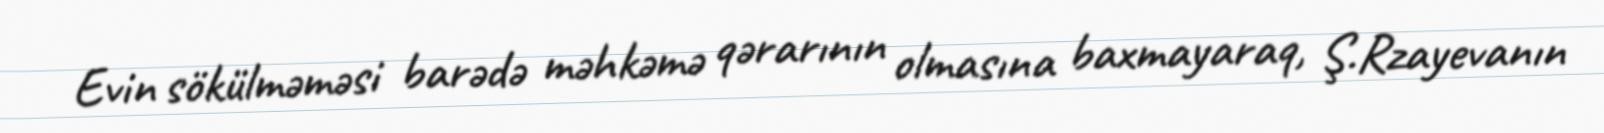
Evin sökülməməsi barədə məhkəmə qərarının olmasına baxmayaraq, Ş.Rzayevanın